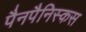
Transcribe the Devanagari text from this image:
पैनपैनिस्कस